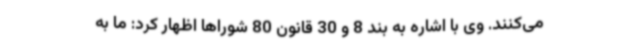
می‌کنند. وی با اشاره به بند 8 و 30 قانون 80 شوراها اظهار کرد: ما به